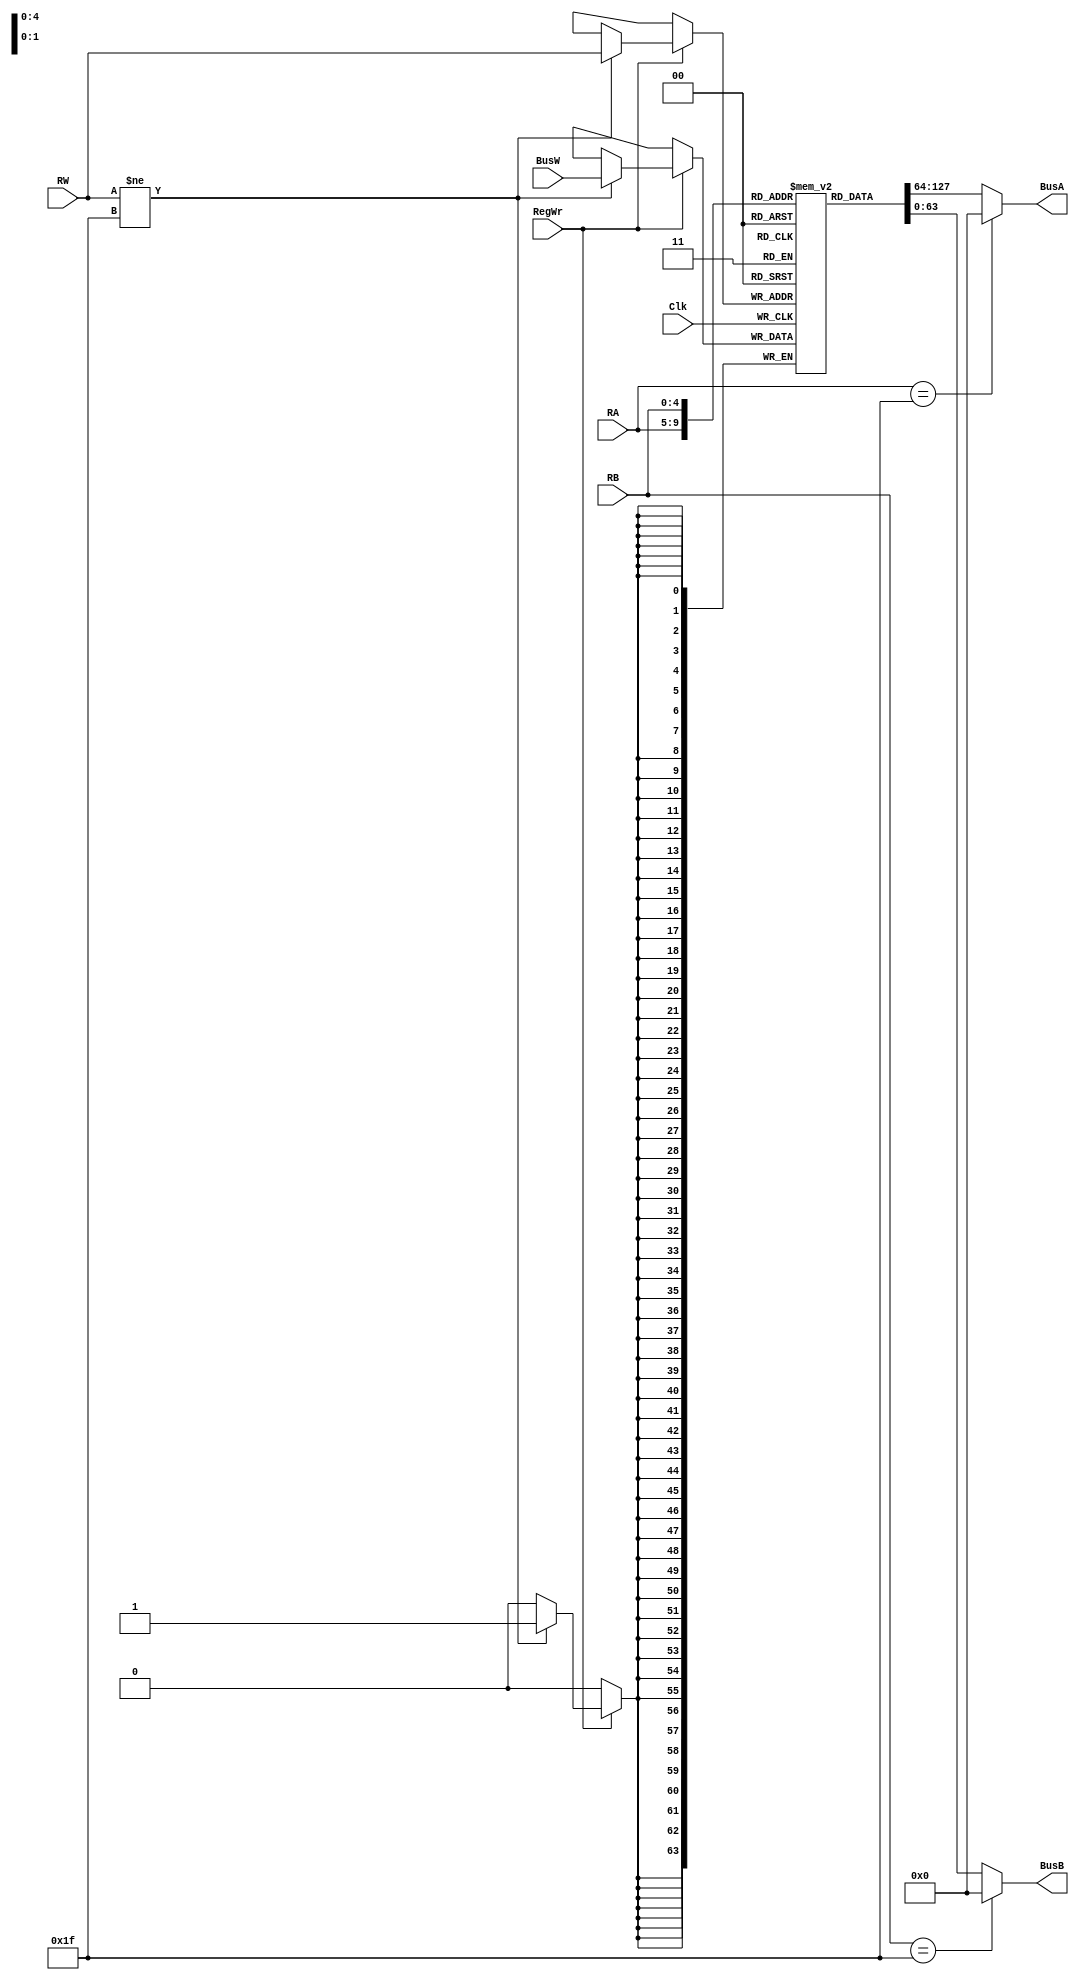
module RegisterFile(BusA, BusB, BusW, RA, RB, RW, RegWr, Clk);
   output [63:0] BusA;
   output [63:0] BusB;
   input [63:0]  BusW;
   input [4:0] 	 RA;
   input [4:0] 	 RB;
   input [4:0] 	 RW;
   input 	 RegWr;
   input 	 Clk;
   
   reg [63:0] 	 register [31:0]; // 64, 32-bit registers
   
   
   always@(negedge Clk) begin
      
      if(RegWr)begin
	 if(RW != 31)begin
	    register[RW] <= BusW;
	 end
      end
      
   end
   assign BusA = (RA==31)?0:register[RA]; // RA indices the registers value on BusA
   assign BusB = (RB==31)?0:register[RB];// RB indices the registers value on BusB
endmodule